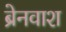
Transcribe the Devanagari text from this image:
ब्रेनवाश